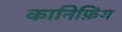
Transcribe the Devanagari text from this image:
कानिफ़िंग